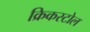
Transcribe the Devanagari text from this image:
क्रिकस्टोल